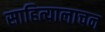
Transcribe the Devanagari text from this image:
साहित्यालाचन